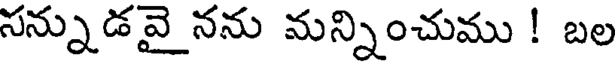
సన్నుడవై నను మన్నించుము ! బల